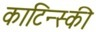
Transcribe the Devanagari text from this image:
काटिन्स्की